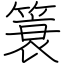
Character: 簑